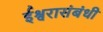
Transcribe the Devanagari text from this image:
ईश्वरासंबंधी